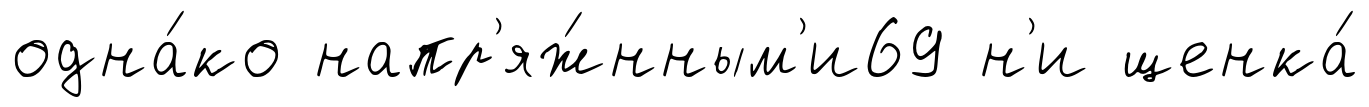
одна́ко напр'яж́нным'и69 н'и щенка́